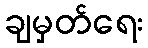
ချမှတ်ရေး